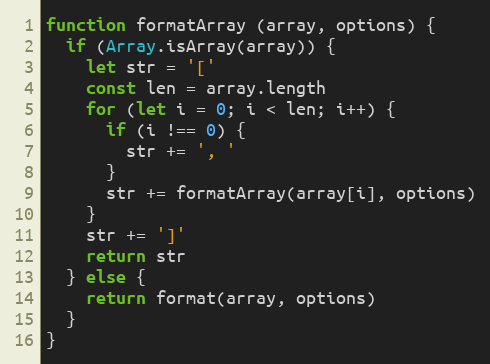
Language: JavaScript
function formatArray (array, options) {
  if (Array.isArray(array)) {
    let str = '['
    const len = array.length
    for (let i = 0; i < len; i++) {
      if (i !== 0) {
        str += ', '
      }
      str += formatArray(array[i], options)
    }
    str += ']'
    return str
  } else {
    return format(array, options)
  }
}